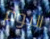
اليوم